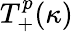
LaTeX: T_{+}^{p}(\kappa)